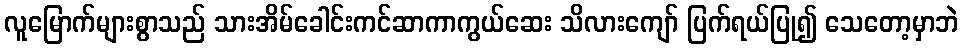
လူမြောက်များစွာသည် သားအိမ်ခေါင်းကင်ဆာကာကွယ်ဆေး သိလားကျော် ပြက်ရယ်ပြု၍ သေတော့မှာဘဲ